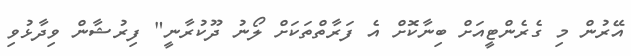
އޭރުން މި ގެރެންޓީއަށް ބިނާކޮށް އެ ފަރާތްތަކަށް ލޯނު ދޫކުރާނީ" ފިރުޝާން ވިދާޅުވި